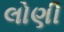
લોણી